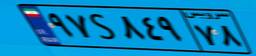
۹۷S۸۴۹۷۸